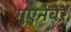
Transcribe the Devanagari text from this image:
गुएनेवेरे